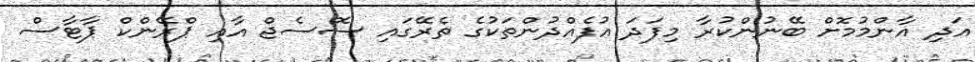
އަދި އާންމުމޮށް ބޭނުންކުރާ މިފަދަ އުފެއްދުންތަކުގެ ތެރޭގައި ސޮސެޖް އާއި ޕްރޭންކް ޕާޓާސް